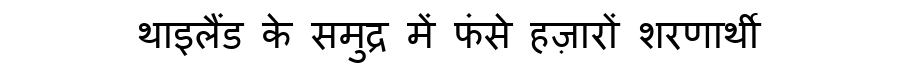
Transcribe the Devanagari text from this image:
थाइलैंड के समुद्र में फंसे हज़ारों शरणार्थी